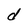
Character: d